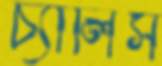
চ্যালিস